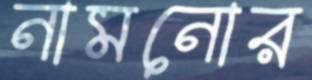
নামনোর